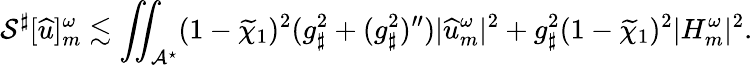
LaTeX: \mathcal{S}^{\sharp}[{\widehat{u}}]_{m}^{\omega}\lesssim\iint_{\mathcal{A}^{\star}}(1-\widetilde{\chi}_{1})^{2}(g_{\sharp}^{2}+(g_{\sharp}^{2})^{\prime\prime})|{\widehat{u}}_{m}^{\omega}|^{2}+g_{\sharp}^{2}(1-\widetilde{\chi}_{1})^{2}|H_{m}^{\omega}|^{2}.